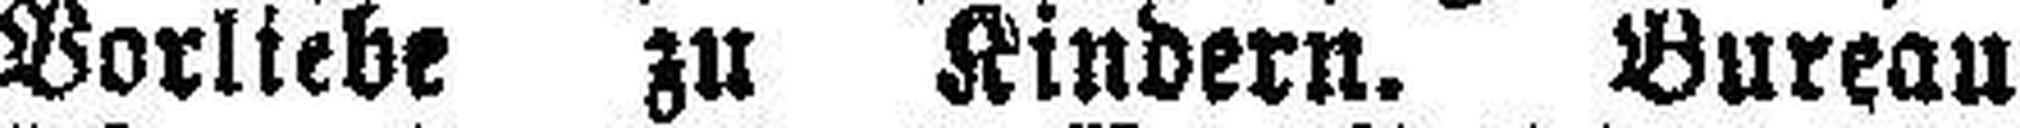
Vorliebe zu Kindern. Bureau